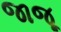
જાજૂ